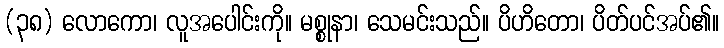
(၃၈) လောကော၊ လူအပေါင်းကို။ မစ္စုနာ၊ သေမင်းသည်။ ပိဟိတော၊ ပိတ်ပင်အပ်၏။